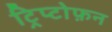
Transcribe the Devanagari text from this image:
ट्रिप्टोफ़न